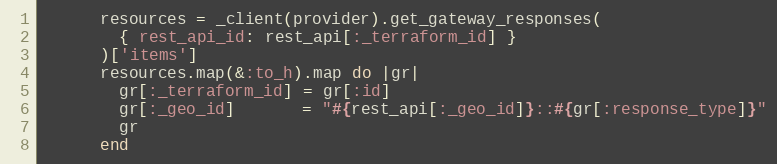
Language: Ruby
      resources = _client(provider).get_gateway_responses(
        { rest_api_id: rest_api[:_terraform_id] }
      )['items']
      resources.map(&:to_h).map do |gr|
        gr[:_terraform_id] = gr[:id]
        gr[:_geo_id]       = "#{rest_api[:_geo_id]}::#{gr[:response_type]}"
        gr
      end